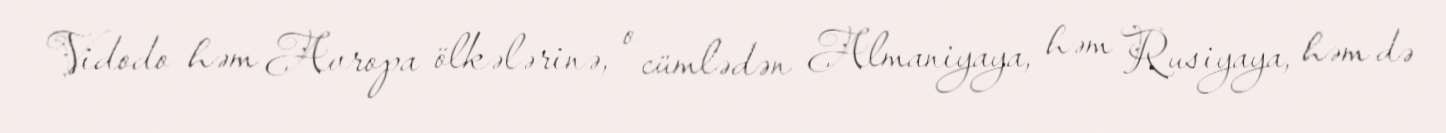
Vidodo həm Avropa ölkələrinə, o cümlədən Almaniyaya, həm Rusiyaya, həm də